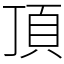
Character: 頂